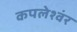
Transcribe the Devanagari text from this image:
कपलेश्वंर